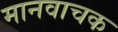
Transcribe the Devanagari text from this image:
मानवाचक